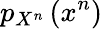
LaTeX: p_{X^{n}}\left(x^{n}\right)